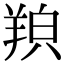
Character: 𦎊